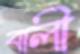
বালী